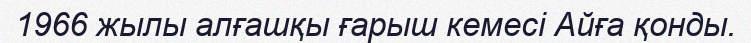
1966 жылы алғашқы ғарыш кемесі Айға қонды.